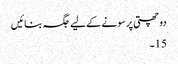
دو چھتی پر سونے کے لیے جگہ بنائیں
15۔